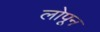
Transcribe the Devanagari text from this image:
लोपून